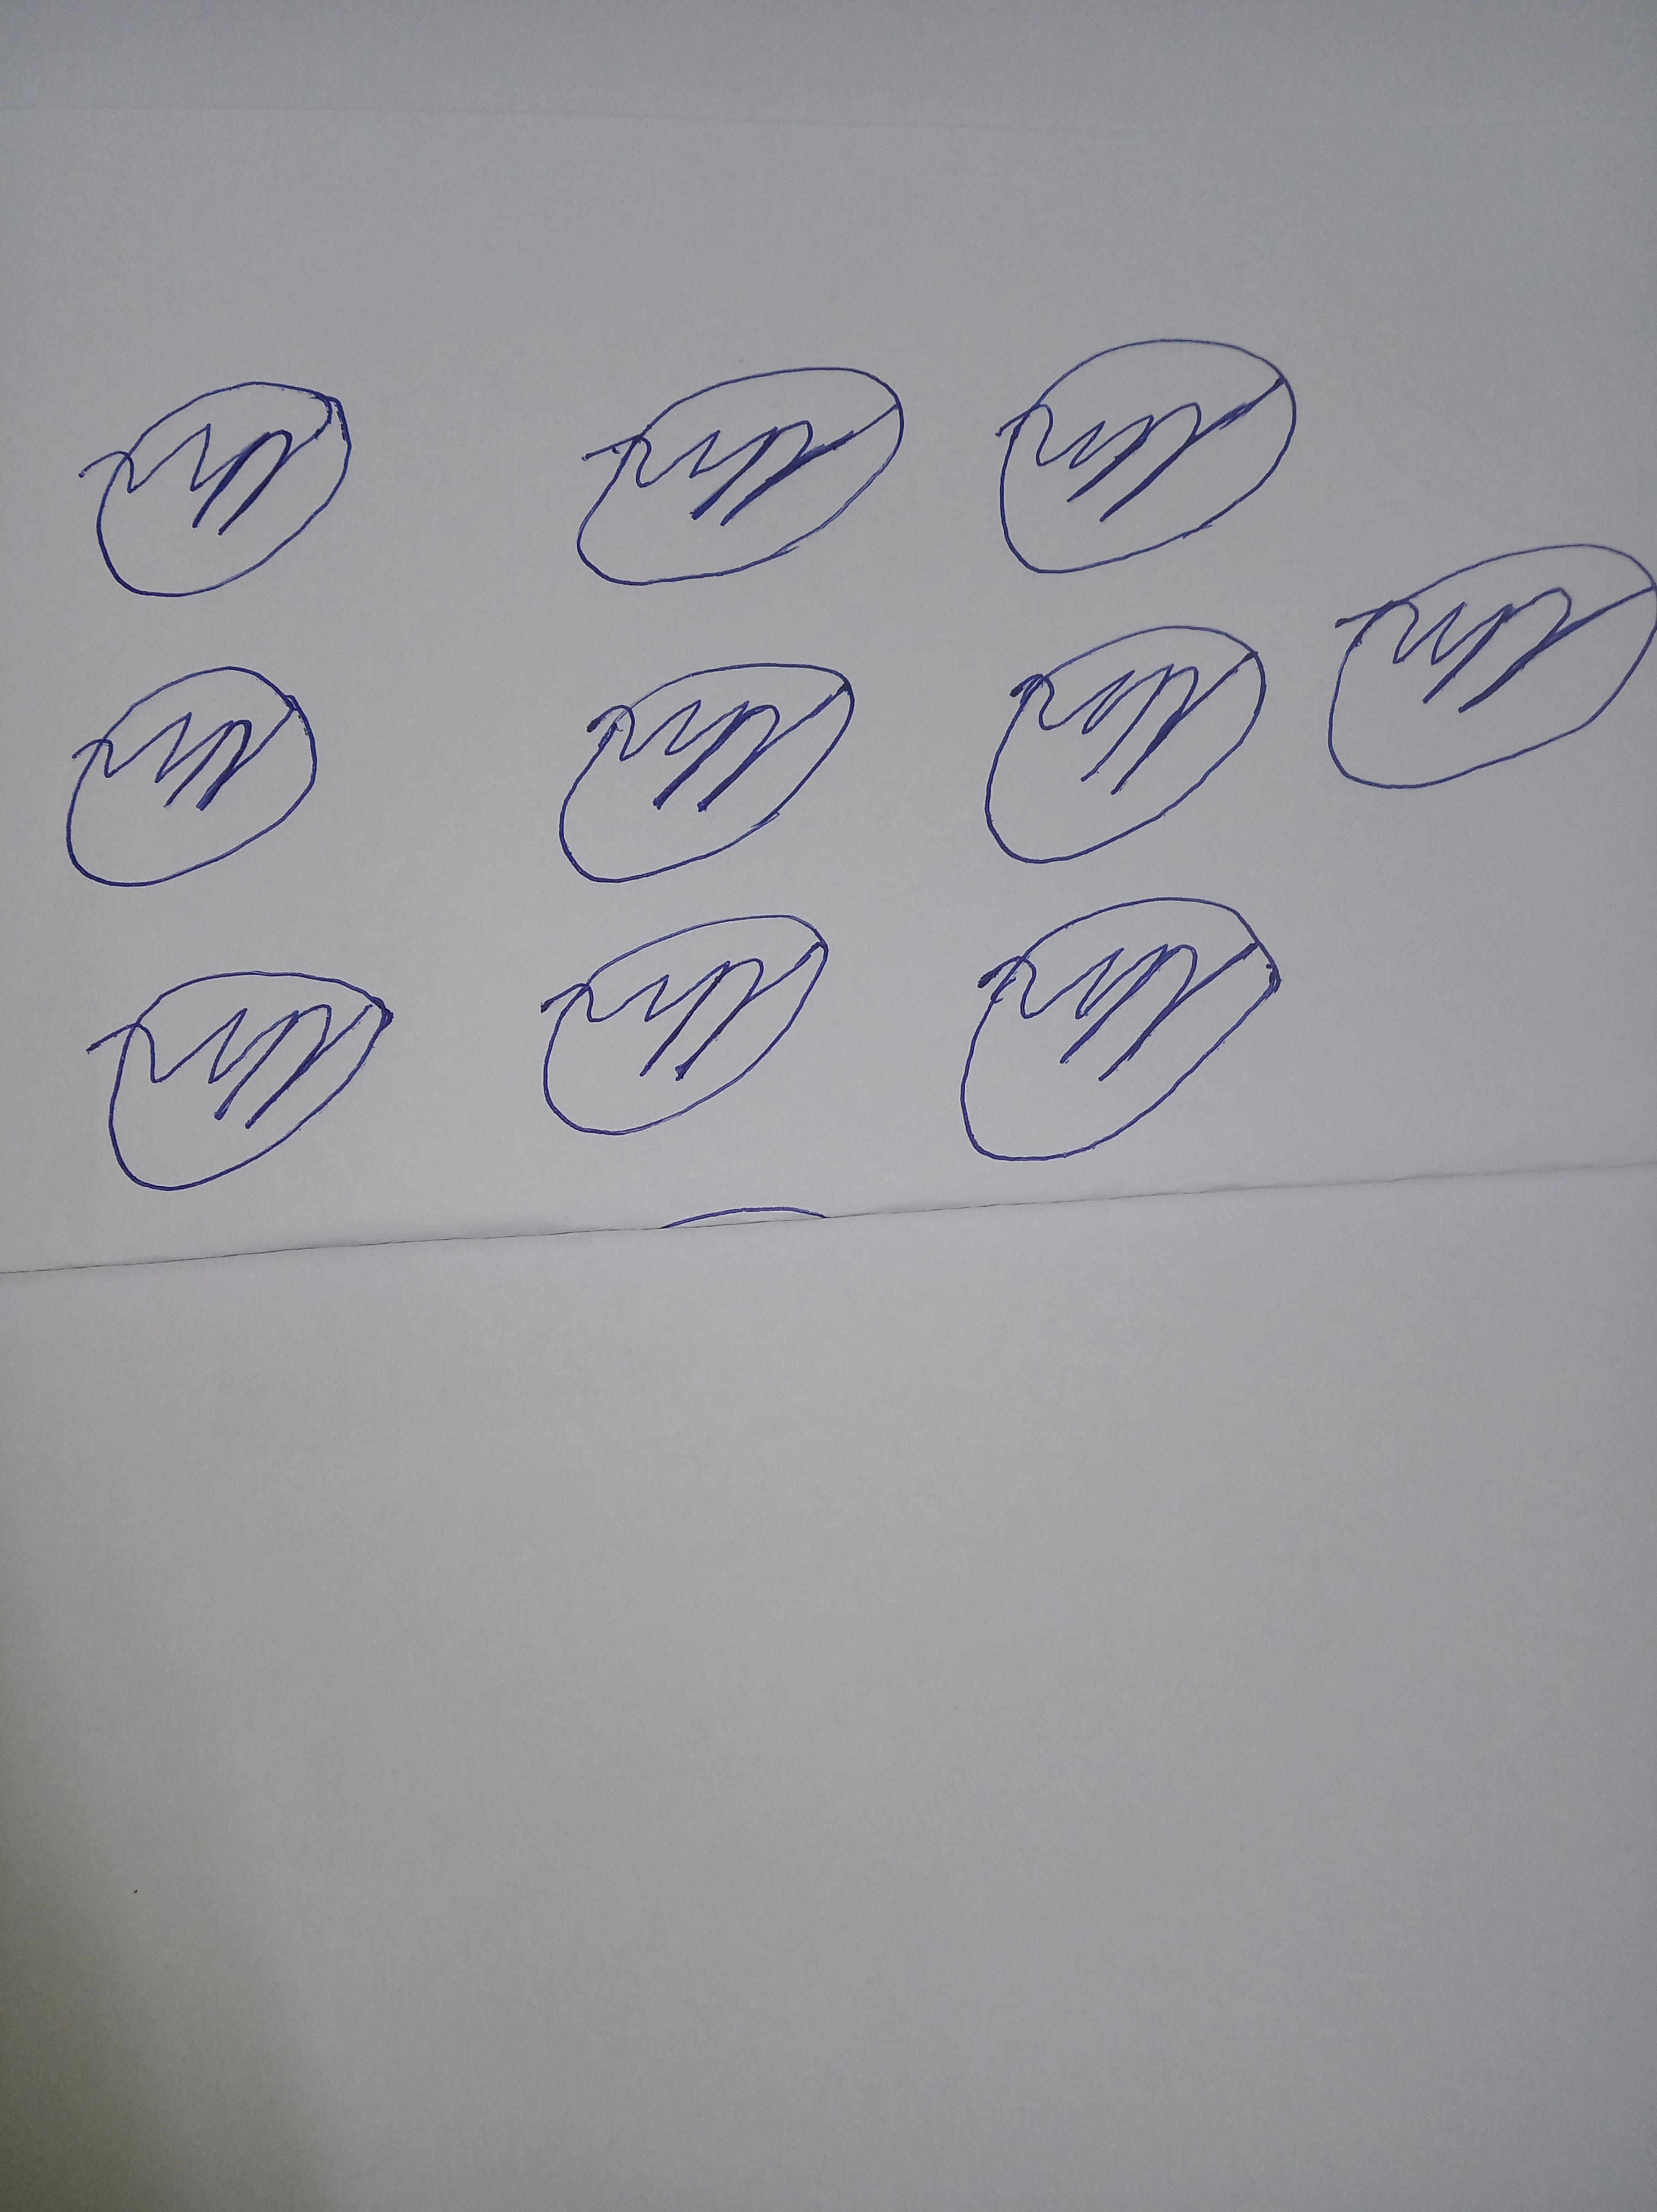
Signature authenticity: forged